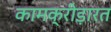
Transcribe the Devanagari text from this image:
कामक्रीड़ारत